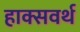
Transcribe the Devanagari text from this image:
हाक्सवर्थ